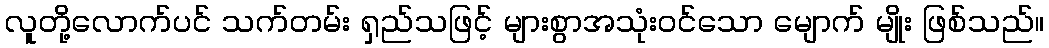
လူတို့လောက်ပင် သက်တမ်း ရှည်သဖြင့် များစွာအသုံးဝင်သော မျောက် မျိုး ဖြစ်သည်။